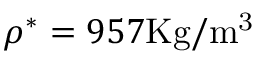
\rho ^ { * } = 9 5 7 \mathrm { K g / m ^ { 3 } }